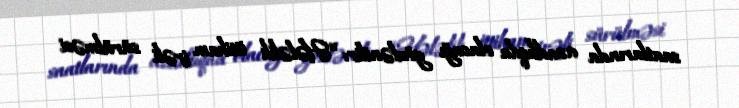
saatlarında azadlıqda olacağı gözlənilir: “Hələlik ittiham irəli sürülməsi